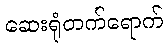
ဆေးရုံတက်ရောက်